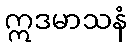
ဣဒမာသနံ